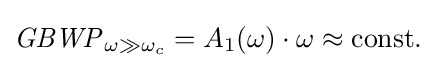
{\mathit {GBWP}}_{\omega \gg {\omega _{c}}}={A_{1}}(\omega )\cdot \omega \approx \mathrm {const.}